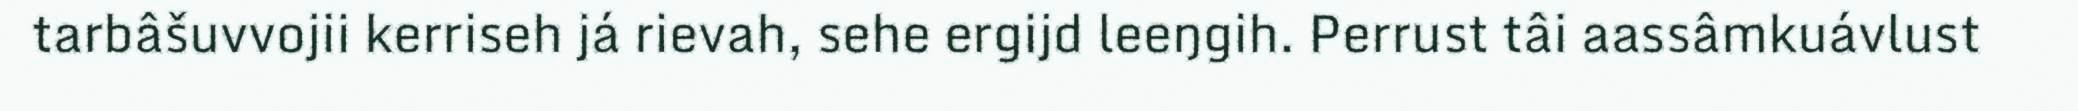
tarbâšuvvojii kerriseh já rievah, sehe ergijd leeŋgih. Perrust tâi aassâmkuávlust